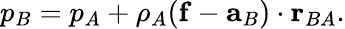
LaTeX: \begin{array}{r}{p_{B}=p_{A}+\rho_{A}(\mathbf{f}-\mathbf{a}_{B})\cdot\mathbf{r}_{BA}.}\end{array}